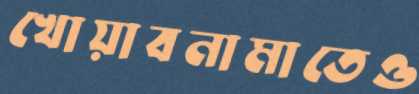
খোয়াবনামাতেও